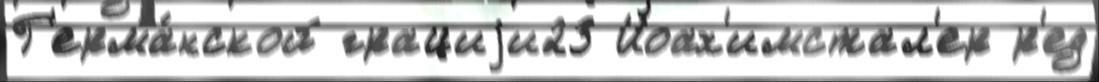
Г'ерма́нской грациjи23 Иоах'имстал'ер р'ед